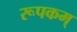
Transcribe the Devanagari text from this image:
रूपकम्